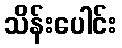
သိန်းပေါင်း